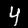
Digit: 4